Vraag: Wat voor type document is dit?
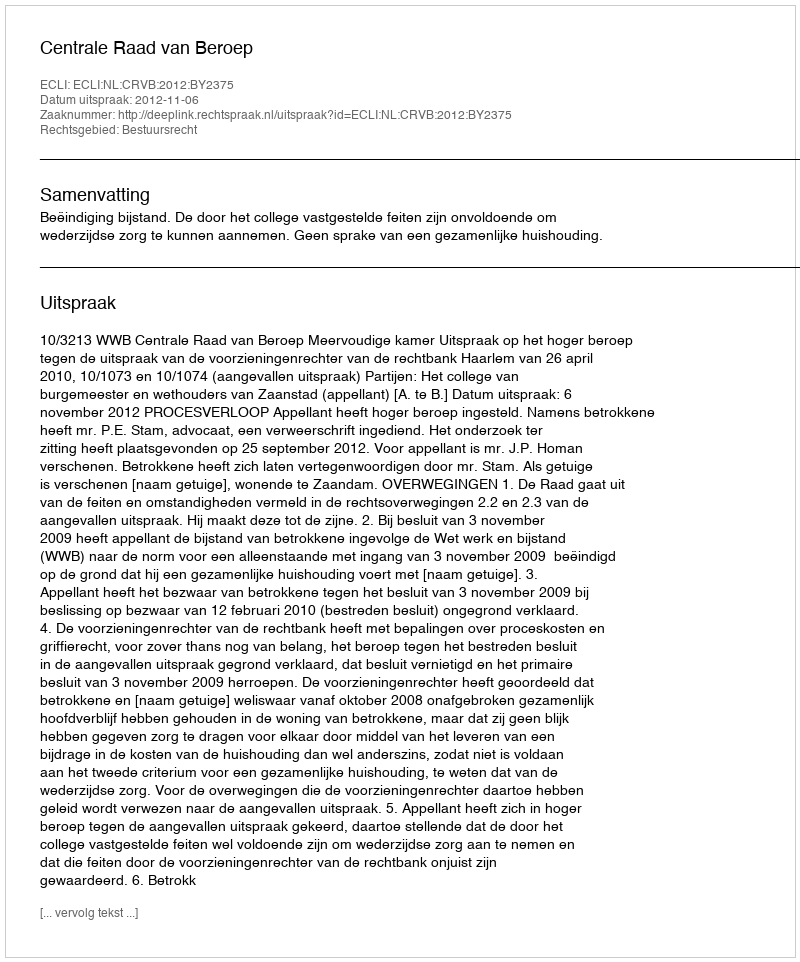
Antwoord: Uitspraak